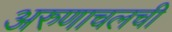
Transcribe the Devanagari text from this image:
अरुणाचलची